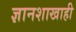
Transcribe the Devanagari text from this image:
ज्ञानशाखाही